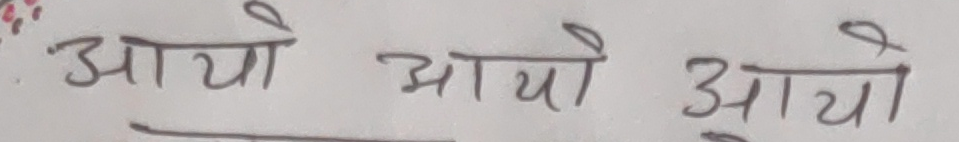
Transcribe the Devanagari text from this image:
आयो आयो आयो